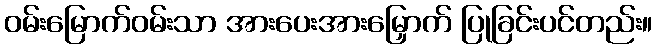
ဝမ်းမြောက်ဝမ်းသာ အားပေးအားမြှောက် ပြုခြင်းပင်တည်း။